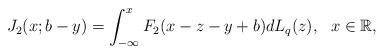
LaTeX: \begin{align*}J_2(x;b-y)=\int_{-\infty}^{x}F_2(x-z-y+b)d L_{q}(z), \ \ x \in \mathbb R,\end{align*}